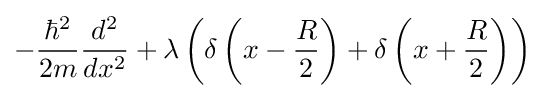
-{\frac {\hbar ^{2}}{2m}}{\frac {d^{2}}{dx^{2}}}+\lambda \left(\delta \left(x-{\frac {R}{2}}\right)+\delta \left(x+{\frac {R}{2}}\right)\right)